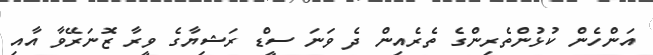
އަންހެން ކުޅުންތެރިންގެ ތެރެއިން ދެ ވަނަ ސީޑް ރަޝިޔާގެ ވީރާ ޒޮނަރޭވާ އާއި